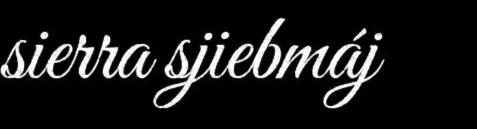
sierra sjiebmáj